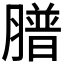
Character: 𦡮